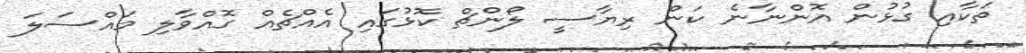
ތަކާއި ގުޅުން އޮންނާނެ ކަން ރިޔާސީ ލޯންޗް ކޮޅުގައި އެއްޗެއް ގޮއްވާލި މައްސަލަ